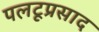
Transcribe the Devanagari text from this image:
पलटूप्रसाद